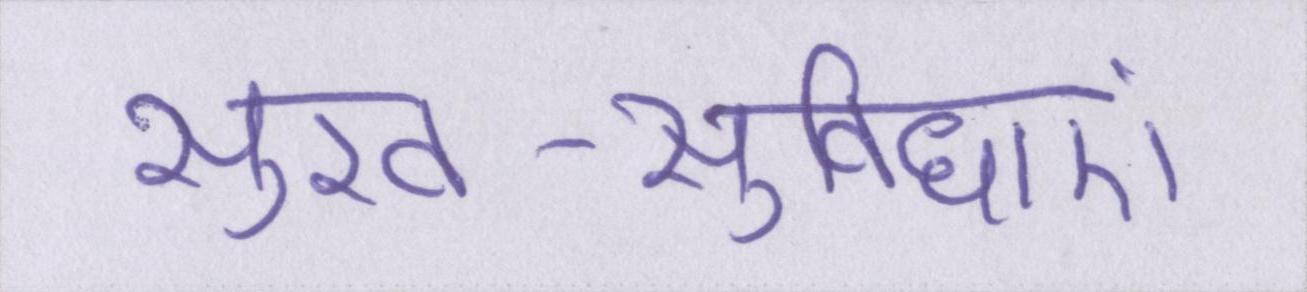
सुख-सुविधाएं